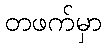
တဖက်မှာ